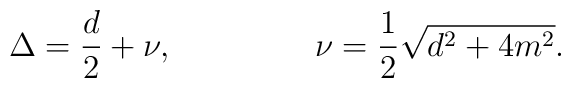
\Delta = {d \over 2} + \nu, ~~~~~~~~~~~~~ \nu = {1 \over 2} \sqrt{d^2 + 4m^2}.